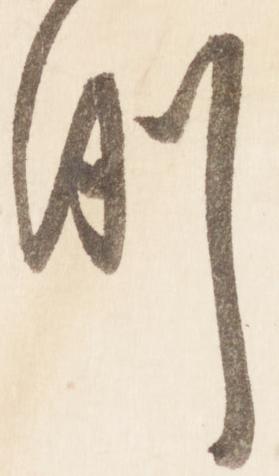
例